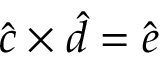
\hat { c } \times \hat { d } = \hat { e }